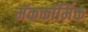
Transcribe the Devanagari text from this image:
मॅककॉर्मिक